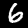
Digit: 6